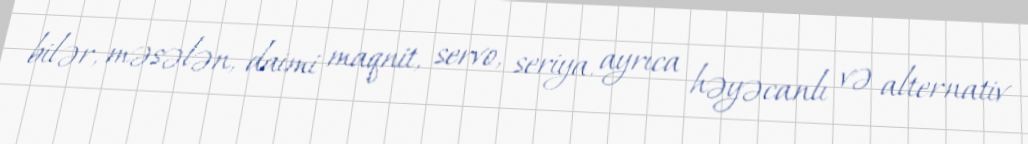
bilər, məsələn, daimi maqnit, servo, seriya, ayrıca həyəcanlı və alternativ